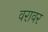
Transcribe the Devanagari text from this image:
वरावर